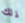
ذلك